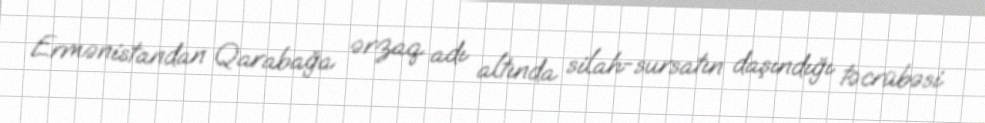
Ermənistandan Qarabağa ərzaq adı altında silah-sursatın daşındığı təcrübəsi